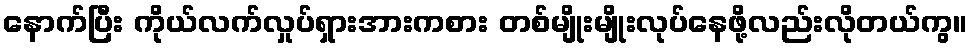
နောက်ပြီး ကိုယ်လက်လှုပ်ရှားအားကစား တစ်မျိုးမျိုးလုပ်နေဖို့လည်းလိုတယ်ကွ။